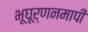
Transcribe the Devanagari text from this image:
भूघूर्णनमापी